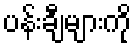
ပန်းချီများကို